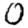
Digit: 0